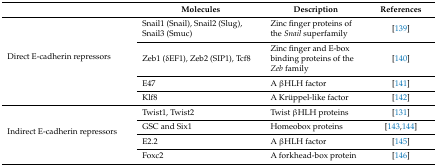
<table><thead><tr><td></td><td><b>Molecules</b></td><td><b>Description</b></td><td><b>References</b></td></tr></thead><tbody><tr><td rowspan="4">Direct E-cadherin repressors</td><td>Snail1 (Snail), Snail2 (Slug), Snail3 (Smuc)</td><td>Zinc finger proteins of the <i>Snail</i> superfamily</td><td>[139]</td></tr><tr><td>Zeb1 (δEF1), Zeb2 (SIP1), Tcf8</td><td>Zinc finger and E-box binding proteins of the <i>Zeb</i> family</td><td>[140]</td></tr><tr><td>E47</td><td>A βHLH factor</td><td>[141]</td></tr><tr><td>Klf8</td><td>A Krüppel-like factor</td><td>[142]</td></tr><tr><td rowspan="4">Indirect E-cadherin repressors</td><td>Twist1, Twist2</td><td>Twist βHLH proteins</td><td>[131]</td></tr><tr><td>GSC and Six1</td><td>Homeobox proteins</td><td>[143,144]</td></tr><tr><td>E2.2</td><td>A βHLH factor</td><td>[145]</td></tr><tr><td>Foxc2</td><td>A forkhead-box protein</td><td>[146]</td></tr></tbody></table>